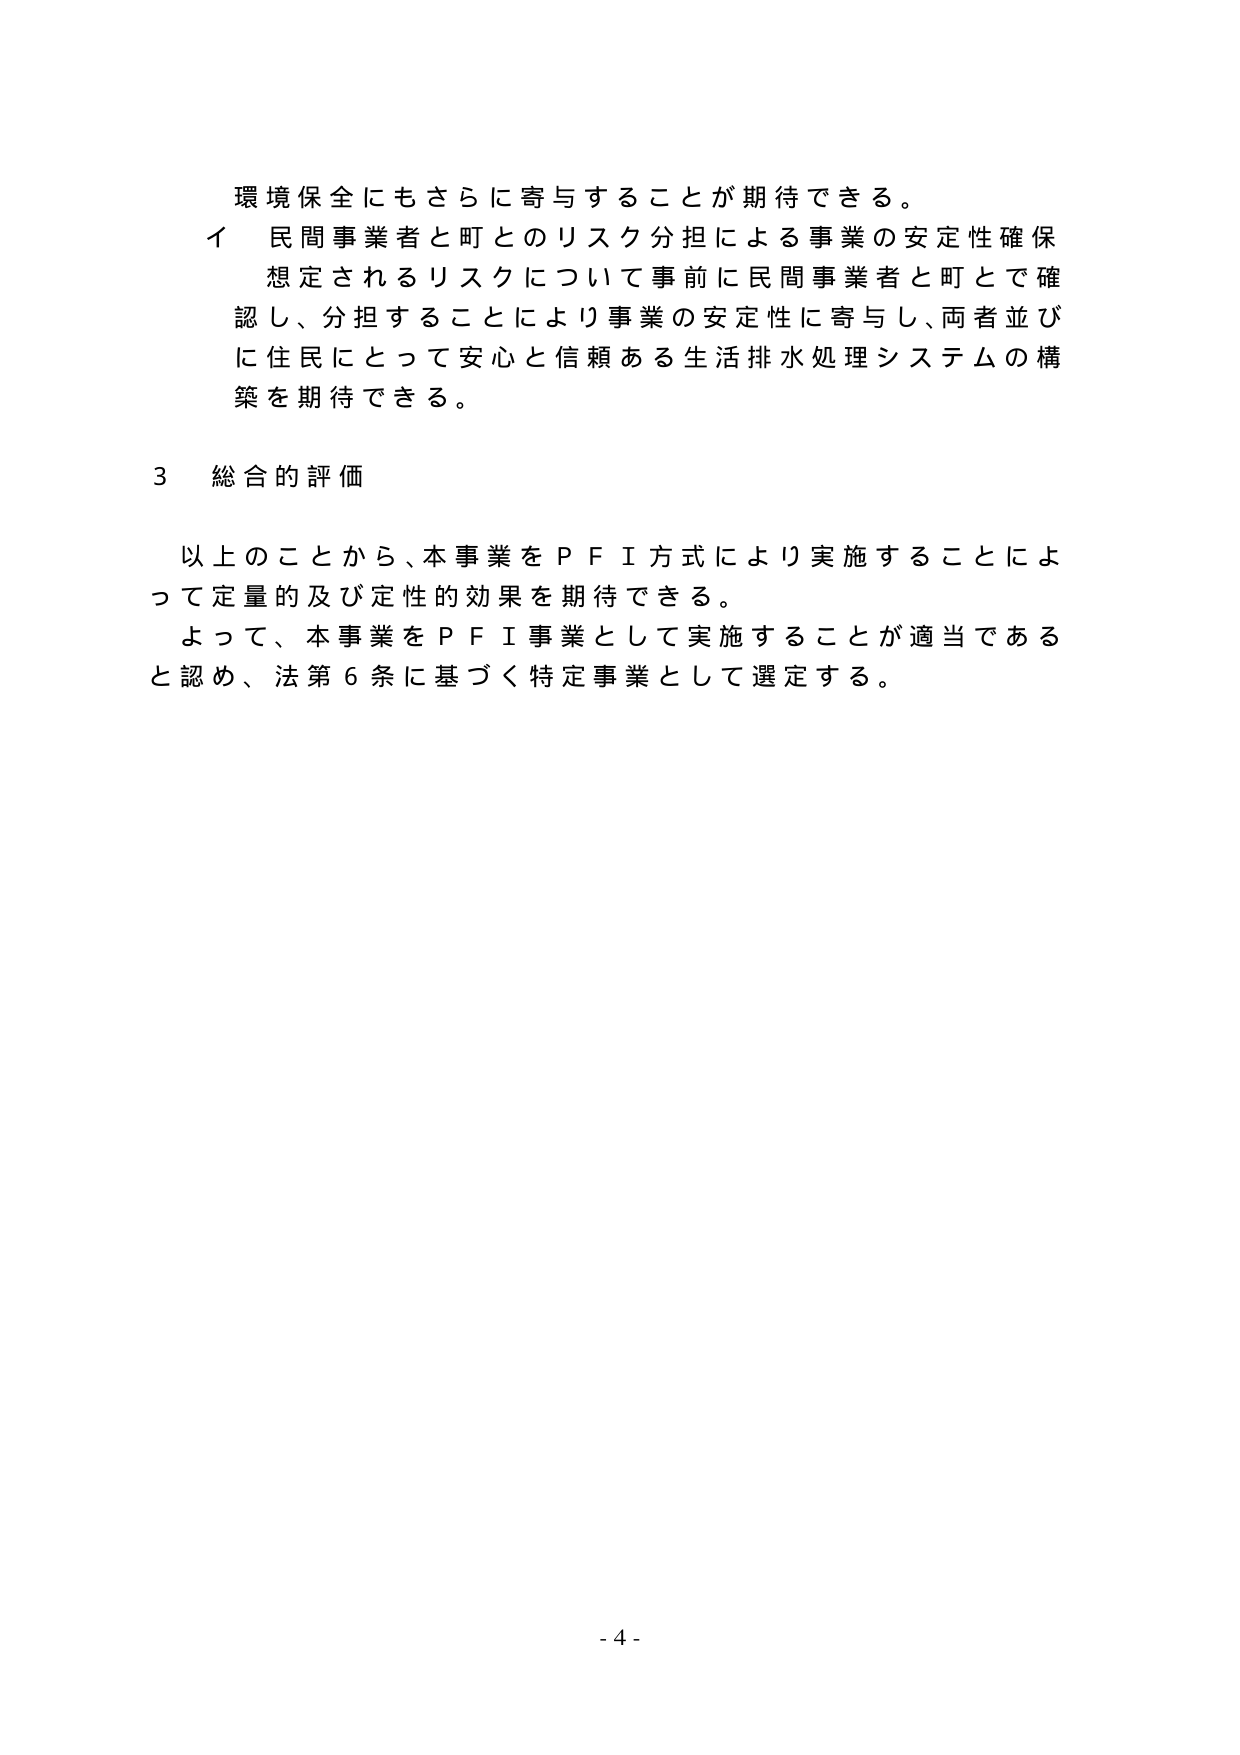
環境保全にもさらに寄与することが期待できる。
イ 民間事業者と町とのリスク分担による事業の安定性確保
想定されるリスクについて事前に民間事業者と町とで確認し、分担することにより事業の安定性に寄与し、両者並びに住民にとって安心と信頼ある生活排水処理システムの構築を期待できる。

3 総合的評価

以上のことから、本事業をＰＦＩ方式により実施することによって定量的及び定性的効果を期待できる。
よって、本事業をＰＦＩ事業として実施することが適当であると認め、法第6条に基づく特定事業として選定する。

- 4 -